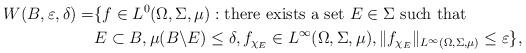
LaTeX: \begin{align*}W(B,\varepsilon,\delta)=&\{f\in L^0(\Omega,\Sigma,\mu): \mathrm{there~exists~a~set}~E\in\Sigma~\mathrm{such~that}\\&E\subset B, \mu(B\backslash E)\leq\delta,f_{\chi_{E}}\in L^\infty(\Omega,\Sigma,\mu),\|f_{\chi_{E}}\|_{L^\infty(\Omega,\Sigma,\mu)}\leq\varepsilon\},\end{align*}